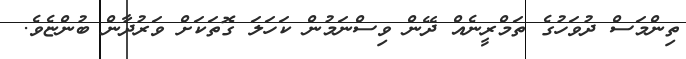
ތިންމަސް ދުވަހުގެ ތަމްރީނެއް ދޭން ވިސްނަމުން ކަހަލަ ގޮތަކަށް ވަރުދާން ބުންޏެވެ.